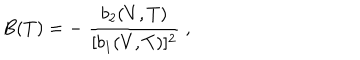
LaTeX: B ( T ) = - \; { \frac { b _ { 2 } ( V , T ) } { [ b _ { 1 } ( V , T ) ] ^ { 2 } } } \; ,